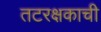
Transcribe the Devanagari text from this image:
तटरक्षकाची